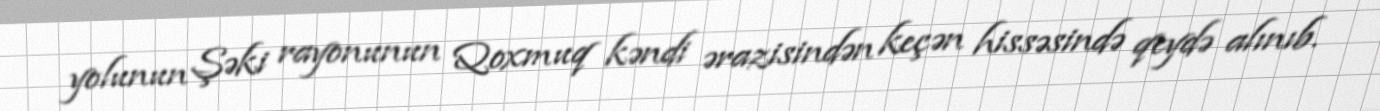
yolunun Şəki rayonunun Qoxmuq kəndi ərazisindən keçən hissəsində qeydə alınıb.